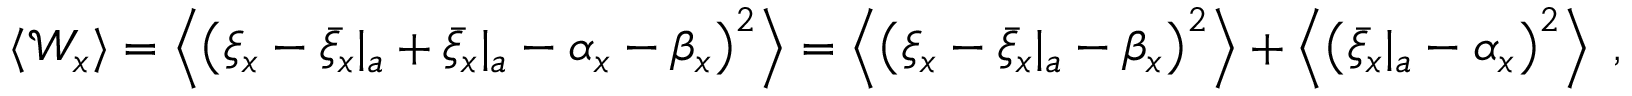
\begin{array} { r } { \langle \mathcal { W } _ { x } \rangle = \left\langle \left( \xi _ { x } - { \bar { \xi } _ { x } } | _ { a } + { \bar { \xi } _ { x } } | _ { a } - \alpha _ { x } - \beta _ { x } \right) ^ { 2 } \right\rangle = \left\langle \left( \xi _ { x } - { \bar { \xi } _ { x } } | _ { a } - \beta _ { x } \right) ^ { 2 } \right\rangle + \left\langle \left( { \bar { \xi } _ { x } } | _ { a } - \alpha _ { x } \right) ^ { 2 } \right\rangle \; , } \end{array}